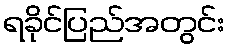
ရခိုင်ပြည်အတွင်း